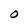
Character: O